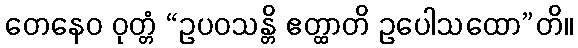
တေနေဝ ဝုတ္တံ “ဥပဝသန္တိ ဧတ္ထာတိ ဥပေါသထော”တိ။